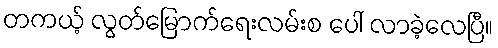
တကယ့် လွတ်မြောက်ရေးလမ်းစ ပေါ် လာခဲ့လေပြီ။